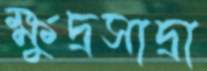
ক্ষুদ্রসাদ্রা